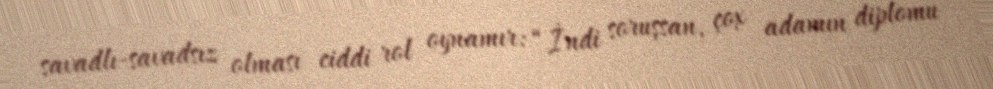
savadlı-savadsız olması ciddi rol oynamır: “İndi soruşsan, çox adamın diplomu